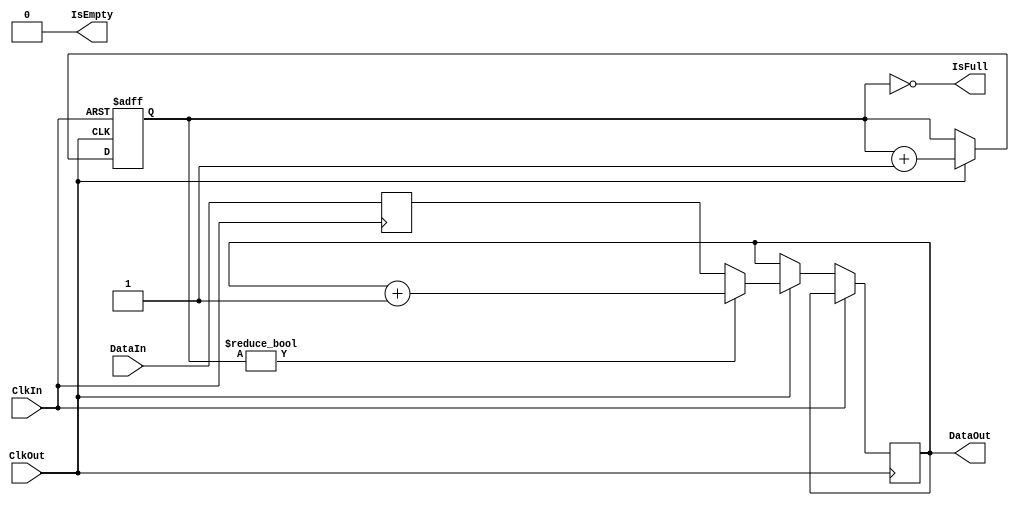
// This program was cloned from: https://github.com/szym-mie/vga3
// License: BSD 3-Clause "New" or "Revised" License

`timescale 1ns/1ps

// Sequence generator - First In First Out

module seqfifo #( 
    parameter BUFSIZE = 16, // buffer size
    parameter STRIDE = 1'b1, // stride of range elements
    parameter IWIDTH = 4, // buffer index width
    parameter WWIDTH = 8 // memory word width
) (
    input wire[WWIDTH-1:0] DataIn,
    output reg[WWIDTH-1:0] DataOut,
    
    input wire ClkIn,
    input wire ClkOut,

    output wire IsFull,
    output wire IsEmpty
);

reg[WWIDTH-1:0] DataStart;
reg[IWIDTH-1:0] IndexOut = 1'b0;

assign IsFull = IndexOut == 1'b0;
assign IsEmpty = IndexOut == BUFSIZE;

always @(posedge ClkIn) DataStart <= DataIn;

always @(posedge ClkIn or posedge ClkOut) begin
    if (ClkIn) begin
        IndexOut <= 1'b0;
    end else if (ClkOut && !IsEmpty) begin
        DataOut <= IndexOut ? DataOut + STRIDE : DataStart;
        IndexOut <= IndexOut + 1'b1;
    end
end

endmodule